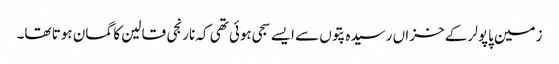
زمین پاپولر کے خزاں رسیدہ پتوں سے ایسے سجی ہوئی تھی کہ نارنجی قالین کا گمان ہوتا تھا۔